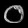
Digit: ၀